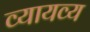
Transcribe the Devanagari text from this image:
व्यायव्य